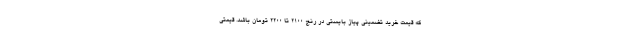
که قیمت خرید تضمینی پیاز بایستی در رنج ۲۱۰۰ تا ۲۲۰۰ تومان باشد. قیمتی